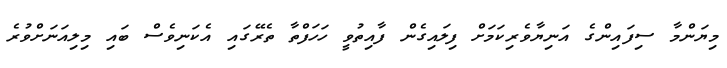
މިޔަންމާ ސިފައިންގެ އަނިޔާވެރިކަމަށް ފިލައިގެން ފާއިތުވީ ހަހަފްތާ ތެރޭގައި އެކަނިވެސް ބައި މިލިއަނަށްވުރެ